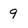
Character: 9